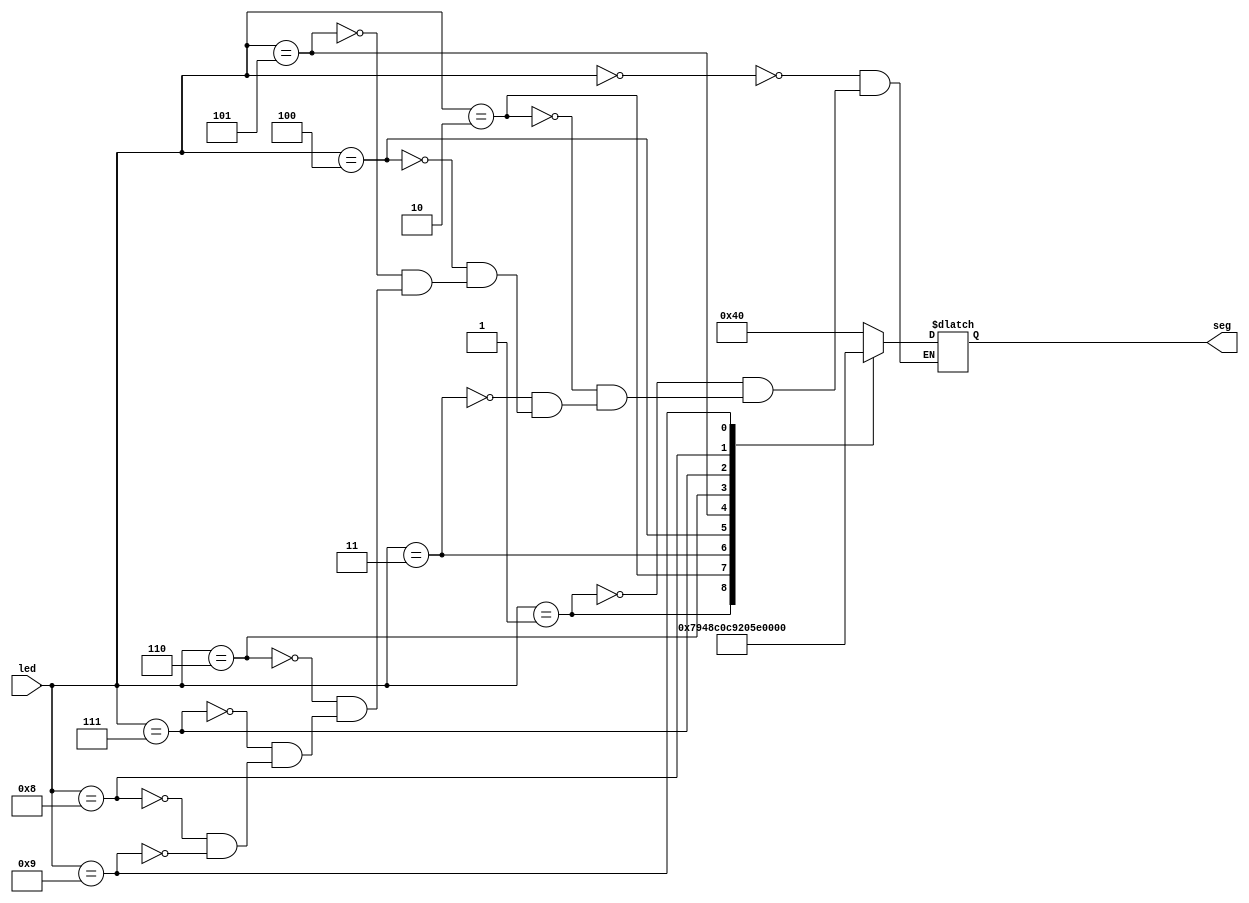
`timescale 1ns / 1ps
//////////////////////////////////////////////////////////////////////////////////
// Company: 
// Engineer: 
// 
// Design Name: 
// Module Name: bcdto7seg
// Project Name: 
// Target Devices: 
// Tool Versions: 
// Description: 
// 
// Dependencies: 
// 
// Revision:
// Revision 0.01 - File Created
// Additional Comments:
// 
//////////////////////////////////////////////////////////////////////////////////


module bcdto7seg(
    input [3:0] led,
    output reg[6:0] seg
    );
    always @(led)
    begin
        case (led)
            4'b0000: seg = 7'b1000000;
            4'b0001: seg = 7'b1111001;
            4'b0010: seg = 7'b0100100;
            4'b0011: seg = 7'b0110000;
            4'b0100: seg = 7'b0011001;
            4'b0101: seg = 7'b0010010;
            4'b0110: seg = 7'b0000010;
            4'b0111: seg = 7'b1111000;
            4'b1000: seg = 7'b0000000;
            4'b1001: seg = 7'b0010000;
        endcase
    end
endmodule